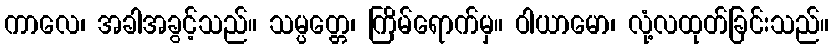
ကာလေ၊ အခါအခွင့်သည်။ သမ္ပတ္တေ၊ ကြိမ်ရောက်မှ။ ဝါယာမော၊ လုံ့လထုတ်ခြင်းသည်။